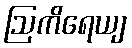
ဩကိရေယျ